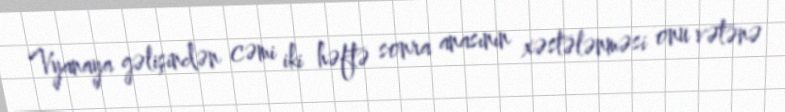
Vyanaya gəlişindən cəmi iki həftə sonra anasının xəstələnməsi onu vətənə